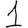
Digit: 1